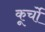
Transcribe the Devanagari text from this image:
कूर्चो